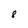
Character: 8